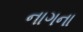
નાગના